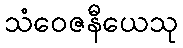
သံဝေဇနီယေသု